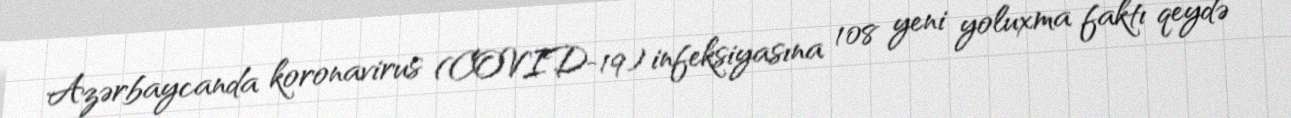
Azərbaycanda koronavirus (COVID-19) infeksiyasına 108 yeni yoluxma faktı qeydə